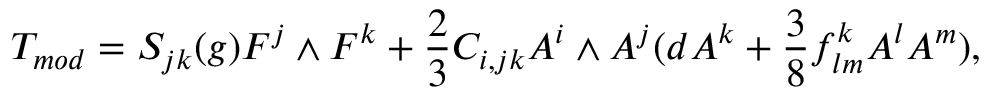
{ \cal T } _ { m o d } = S _ { j k } ( g ) { F } ^ { j } \wedge { F } ^ { k } + \frac { 2 } { 3 } C _ { i , j k } A ^ { i } \wedge A ^ { j } ( d A ^ { k } + \frac { 3 } { 8 } f _ { l m } ^ { k } A ^ { l } A ^ { m } ) ,